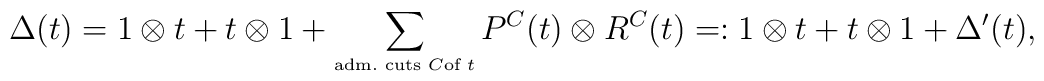
\Delta(t)=1\otimes t+ t\otimes 1+ \sum_{\mbox{\tiny adm.~cuts $C$of $t$}}P^{C}(t)\otimes R^C(t)=:1\otimes t+t\otimes1+\Delta^\prime(t),